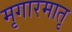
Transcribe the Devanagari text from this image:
मृगारमातृ